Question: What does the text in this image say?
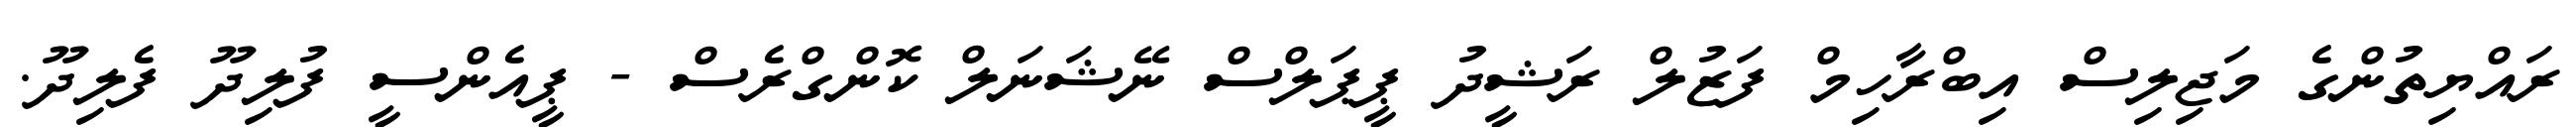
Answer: ރައްޔިތުންގެ މަޖިލިސް އިބްރާހިމް ފަޒުލް ރަޝީދު ޕީޕަލްސް ނޭޝަނަލް ކޮންގްރެސް - ޕީއެންސީ ފުލިދޫ ފެލިދޫ.